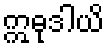
ဣဓုဒါယိ